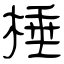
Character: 棰